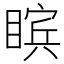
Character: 𪾸